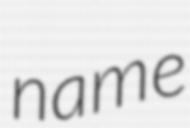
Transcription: name